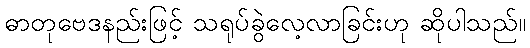
ဓာတုဗေဒနည်းဖြင့် သရုပ်ခွဲလေ့လာခြင်းဟု ဆိုပါသည်။